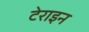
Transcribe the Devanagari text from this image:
टेराइन